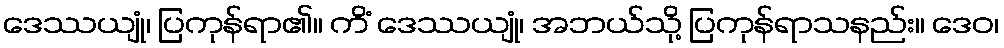
ဒေဿယျုံ၊ ပြကုန်ရာ၏။ ကိံ ဒေဿယျုံ၊ အဘယ်သို့ ပြကုန်ရာသနည်း။ ဒေဝ၊